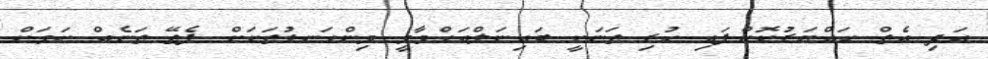
އަދި އެތް ހައްޔަރުކޮށްފައި ހުރި ތަނަކީ ބައިނަލްއަގްވާމީ މިންގަނޑުތަކަށް ފެތޭ ތަނެއް ކަމަށް